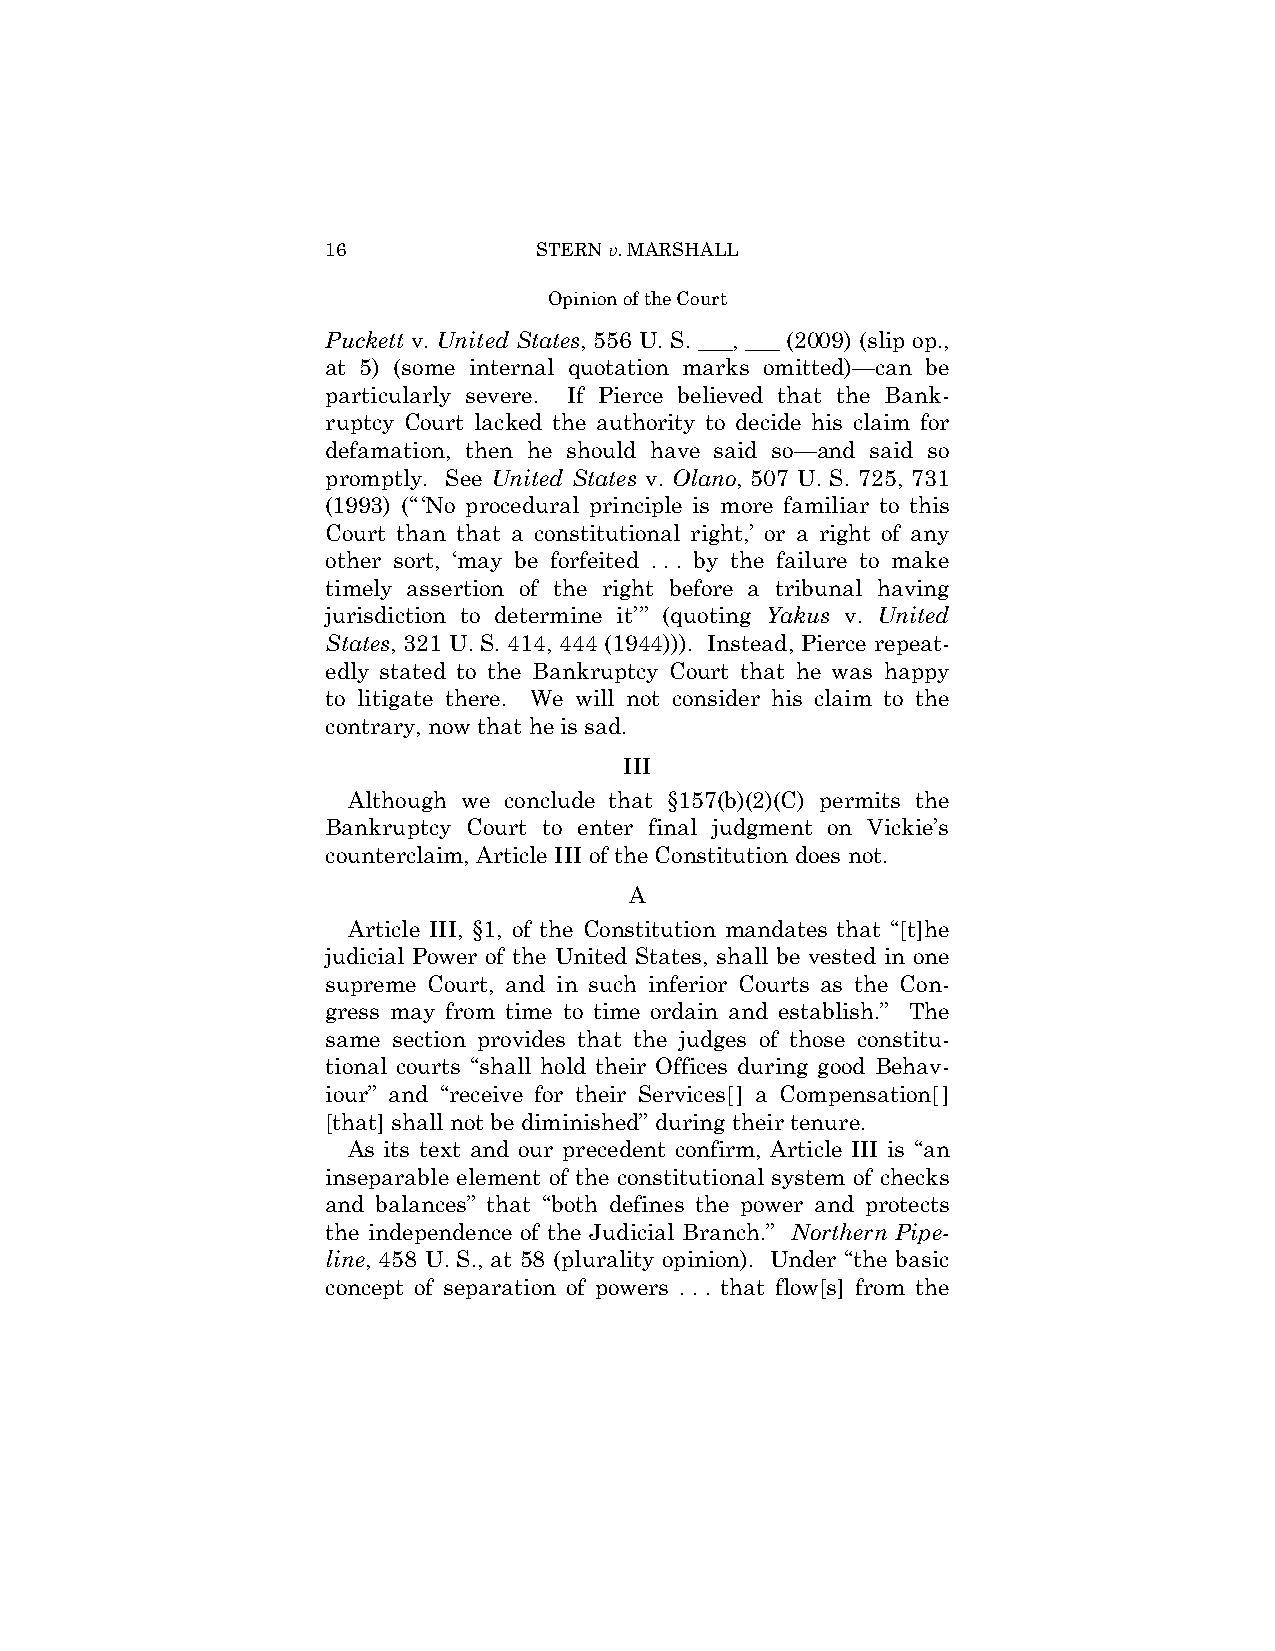
16            STERN v. MARSHALL
 Opinion of the Court
 Puckett v. United States, 556 U. S. ___, ___ (2009) (slip op.,
 at 5) (some internal quotation marks omitted)—can be
 particularly severe. If Pierce believed that the Bank­
 ruptcy Court lacked the authority to decide his claim for
 defamation, then he should have said so—and said so
 promptly. See United States v. Olano, 507 U. S. 725, 731
 (1993) (“‘No procedural principle is more familiar to this
 Court than that a constitutional right,’ or a right of any
 other sort, ‘may be forfeited . . . by the failure to make
 timely assertion of the right before a tribunal having
 jurisdiction to determine it’” (quoting Yakus v. United
 States, 321 U. S. 414, 444 (1944))). Instead, Pierce repeat­
 edly stated to the Bankruptcy Court that he was happy
 to litigate there. We will not consider his claim to the
 contrary, now that he is sad.
 III
 Although we conclude that §157(b)(2)(C) permits the
 Bankruptcy Court to enter final judgment on Vickie’s
 counterclaim, Article III of the Constitution does not.
 A
 Article III, §1, of the Constitution mandates that “[t]he
 judicial Power of the United States, shall be vested in one
 supreme Court, and in such inferior Courts as the Con­
 gress may from time to time ordain and establish.” The
 same section provides that the judges of those constitu­
 tional courts “shall hold their Offices during good Behav­
 iour” and “receive for their Services[] a Compensation[]
 [that] shall not be diminished” during their tenure.
 As its text and our precedent confirm, Article III is “an
 inseparable element of the constitutional system of checks
 and balances” that “both defines the power and protects
 the independence of the Judicial Branch.” Northern Pipe-
 line, 458 U. S., at 58 (plurality opinion). Under “the basic
 concept of separation of powers . . . that flow[s] from the